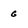
Character: G